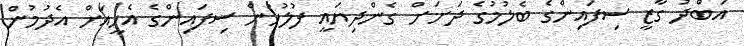
އަބްދު ގާޒީ ސިފައިންގެ ބެލުމުގެ ދަށަށް ގެންދިޔައީ ފުލުހުން ސިފައިންގެ އެހީއަށް އެދުމުން